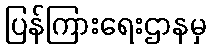
ပြန်ကြားရေးဌာနမှ